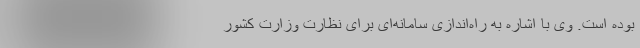
بوده است. وی با اشاره به راه‌اندازی سامانه‌ای برای نظارت وزارت کشور